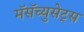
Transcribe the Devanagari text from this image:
मॅसॅच्युसेट्‌स